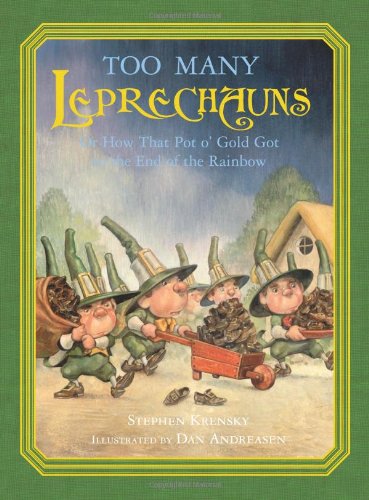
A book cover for Too Many Leprechauns; Stephen Krensky; Children's Books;